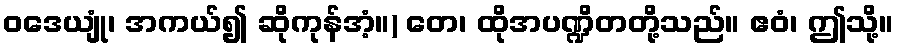
ဝဒေယျုံ၊ အကယ်၍ ဆိုကုန်အံ့။) တေ၊ ထိုအပဏ္ဍိတတို့သည်။ ဧဝံ၊ ဤသို့။